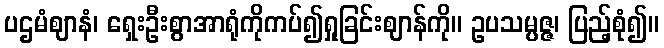
ပဌမံဈာနံ၊ ရှေးဦးစွာအာရုံကိုကပ်၍ရှုခြင်းဈာန်ကို။ ဥပသမ္ပဇ္ဇ၊ ပြည့်စုံ၍။